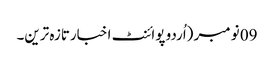
09 نومبر (اُردو پوائنٹ اخبارتازہ ترین۔